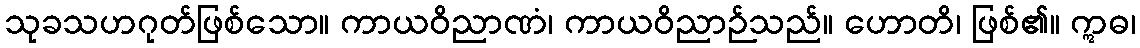
သုခသဟဂုတ်ဖြစ်သော။ ကာယဝိညာဏံ၊ ကာယဝိညာဉ်သည်။ ဟောတိ၊ ဖြစ်၏။ ဣဓ၊